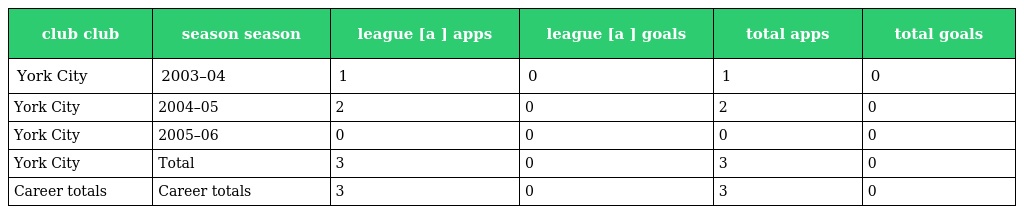
| club club | season season | league [a ] apps | league [a ] goals | total apps | total goals |
 | --- | --- | --- | --- | --- | --- |
 | York City | 2003–04 | 1 | 0 | 1 | 0 |
 | York City | 2004–05 | 2 | 0 | 2 | 0 |
 | York City | 2005–06 | 0 | 0 | 0 | 0 |
 | York City | Total | 3 | 0 | 3 | 0 |
 | Career totals | Career totals | 3 | 0 | 3 | 0 |